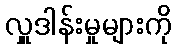
လှူဒါန်းမှုများကို